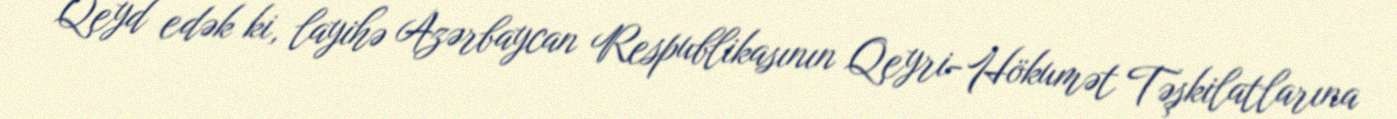
Qeyd edək ki, layihə Azərbaycan Respublikasının Qeyri-Hökumət Təşkilatlarına